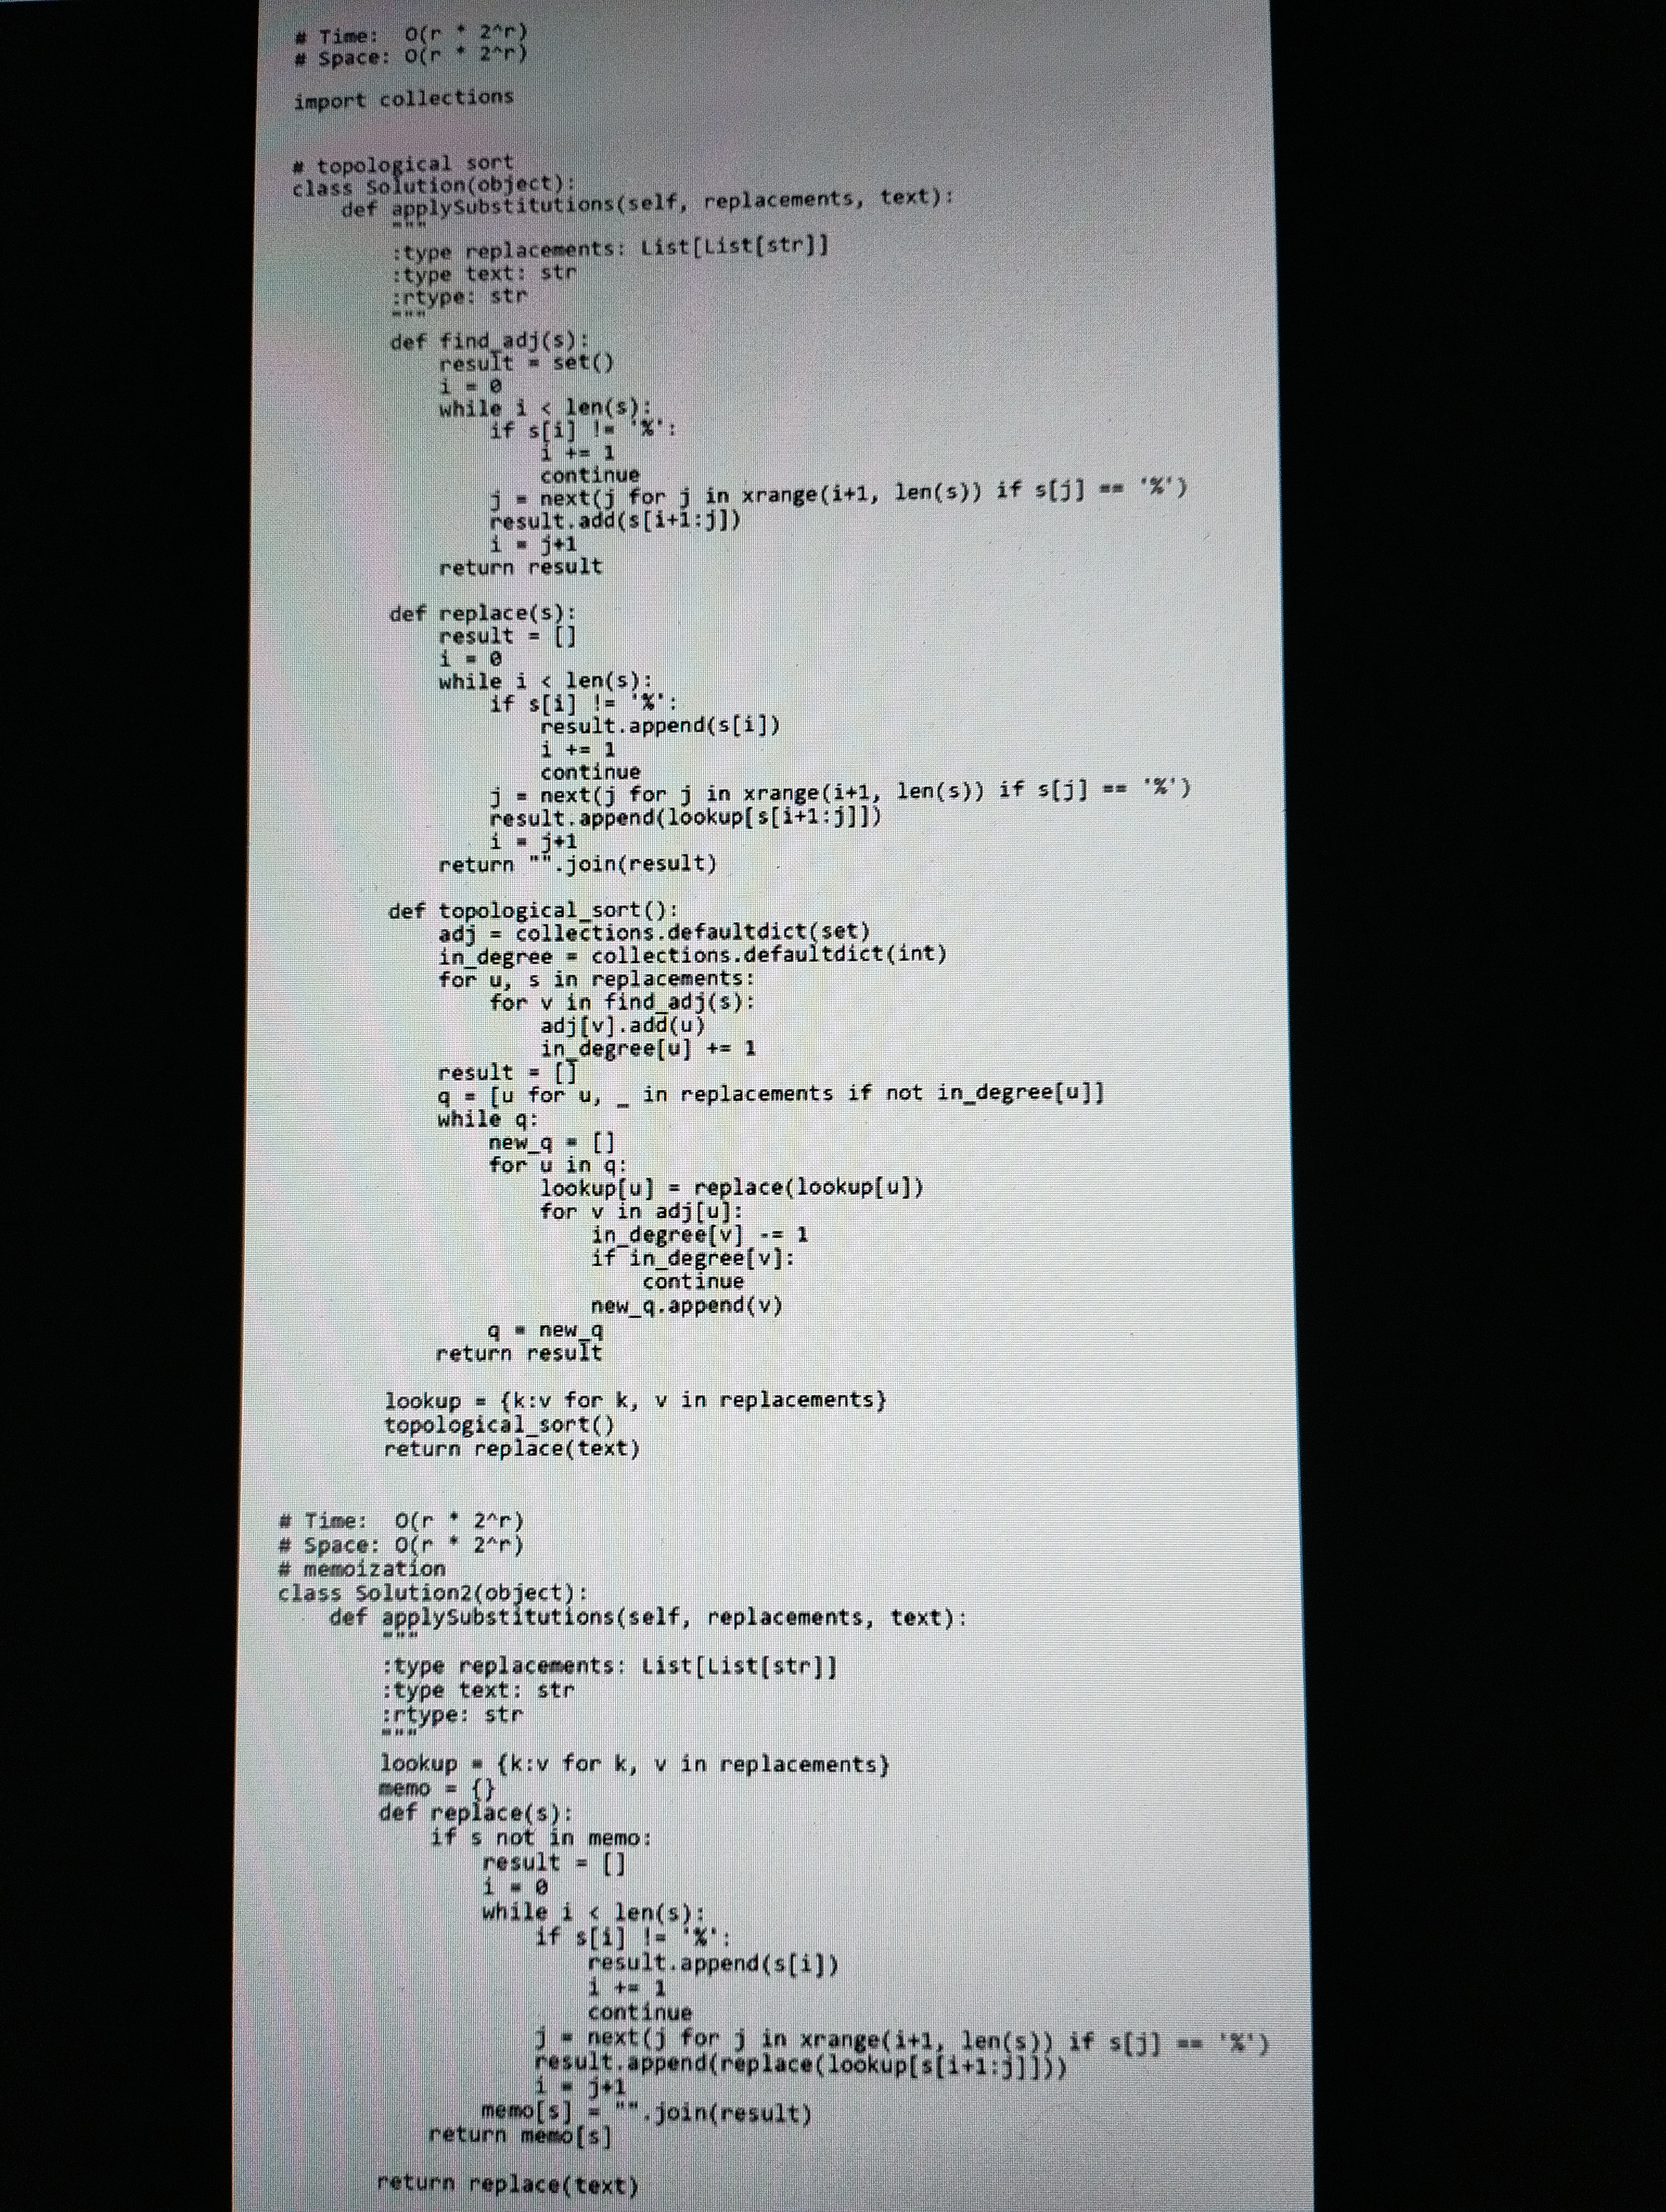
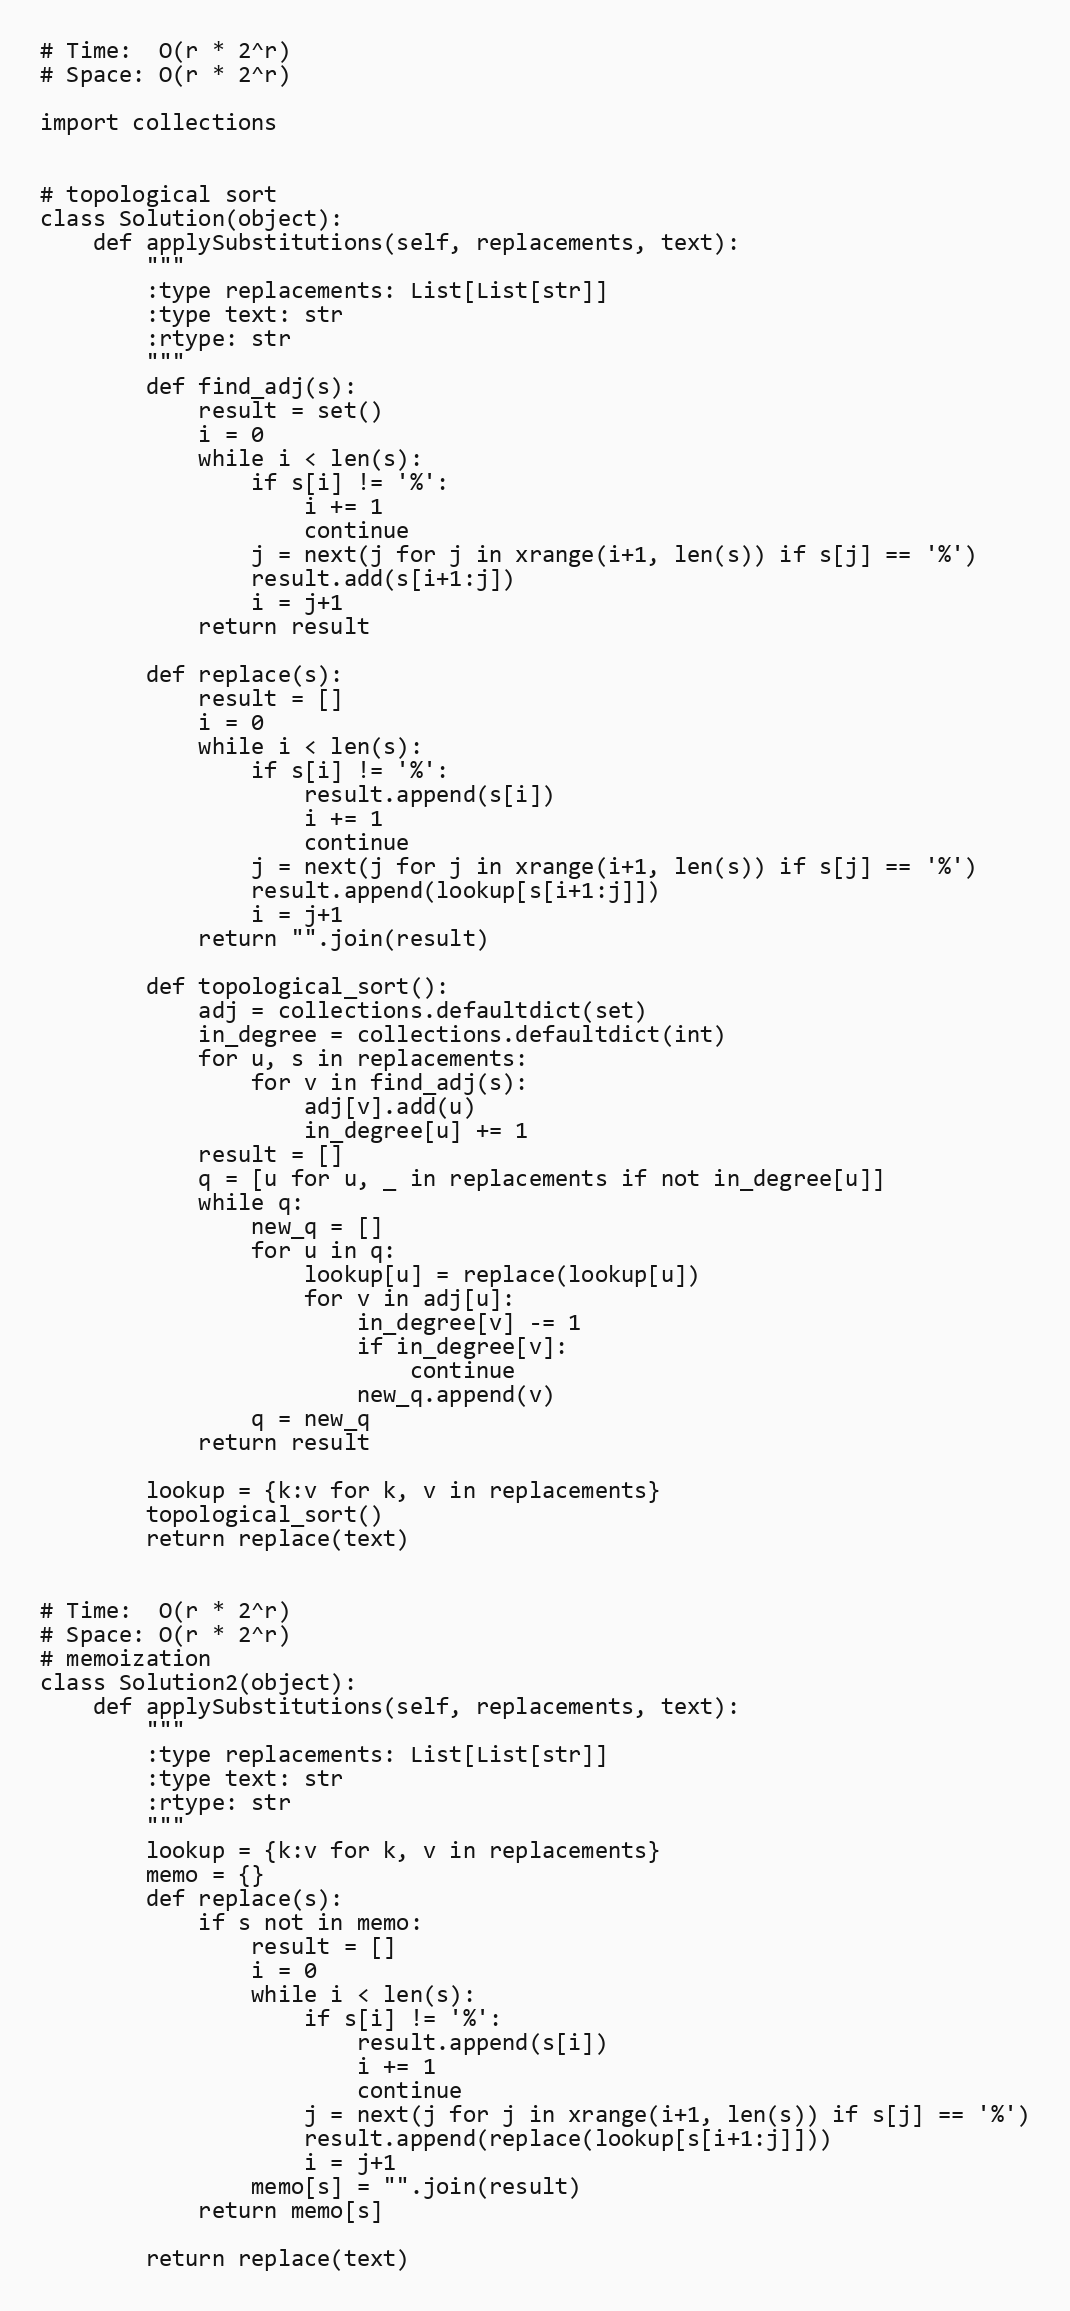
# Time:  O(r * 2^r)
# Space: O(r * 2^r)

import collections

# topological sort
class Solution(object):
    def applySubstitutions(self, replacements, text):
        """
        :type replacements: List[List[str]]
        :type text: str
        :rtype: str
        """
        def find_adj(s):
            result = set()
            i = 0
            while i < len(s):
                if s[i] != '%':
                    i += 1
                    continue
                j = next(j for j in xrange(i+1, len(s)) if s[j] == '%')
                result.add(s[i+1:j])
                i = j+1
            return result

        def replace(s):
            result = []
            i = 0
            while i < len(s):
                if s[i] != '%':
                    result.append(s[i])
                    i += 1
                    continue
                j = next(j for j in xrange(i+1, len(s)) if s[j] == '%')
                result.append(lookup[s[i+1:j]])
                i = j+1
            return "".join(result)

        def topological_sort():
            adj = collections.defaultdict(set)
            in_degree = collections.defaultdict(int)
            for u, s in replacements:
                for v in find_adj(s):
                    adj[v].add(u)
                    in_degree[u] += 1
            result = []
            q = [u for u, _ in replacements if not in_degree[u]]
            while q:
                new_q = []
                for u in q:
                    lookup[u] = replace(lookup[u])
                    for v in adj[u]:
                        in_degree[v] -= 1
                        if in_degree[v]:
                            continue
                        new_q.append(v)
                q = new_q
            return result

        lookup = {k:v for k, v in replacements}
        topological_sort()
        return replace(text)

# Time:  O(r * 2^r)
# Space: O(r * 2^r)
# memoization
class Solution2(object):
    def applySubstitutions(self, replacements, text):
        """
        :type replacements: List[List[str]]
        :type text: str
        :rtype: str
        """
        lookup = {k:v for k, v in replacements}
        memo = {}
        def replace(s):
            if s not in memo:
                result = []
                i = 0
                while i < len(s):
                    if s[i] != '%':
                        result.append(s[i])
                        i += 1
                        continue
                    j = next(j for j in xrange(i+1, len(s)) if s[j] == '%')
                    result.append(replace(lookup[s[i+1:j]]))
                    i = j+1
                memo[s] = "".join(result)
            return memo[s]

        return replace(text)